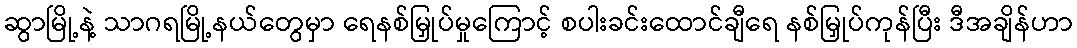
ဆွာမြို့နဲ့ သာဂရမြို့နယ်တွေမှာ ရေနစ်မြှုပ်မှုကြောင့် စပါးခင်းထောင်ချီရေ နစ်မြှုပ်ကုန်ပြီး ဒီအချိန်ဟာ